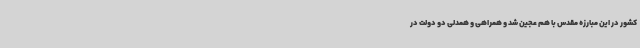
کشور در این مبارزه مقدس با هم عجین شد و همراهی و همدلی دو دولت در